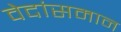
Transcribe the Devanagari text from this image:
वेदांसमान